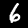
Label: 6